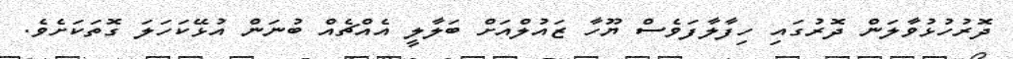
ދޮރުހުޅުވާލަން ދޮރުގައި ހިފާލާފަވެސް ޔޫހާ ޒައުލްއަށް ބަލާލީ އެއްޗެއް ބުނަން އުޅޭކަހަލަ ގޮތަކަށެވެ.